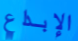
الإبداع